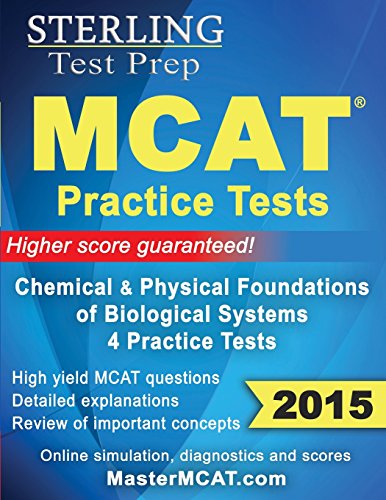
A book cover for Sterling MCAT 2015 Practice Tests - Chemical & Physical Foundations; Sterling Test Prep; Test Preparation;